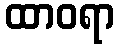
ထာဝရာ